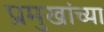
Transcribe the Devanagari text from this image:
प्रमुखांच्या